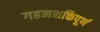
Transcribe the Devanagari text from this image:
गहनभक्तिपूर्ण